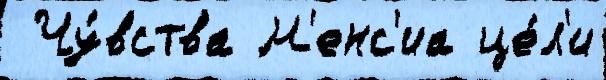
 Чу́вства М'енс'иа це́л'и